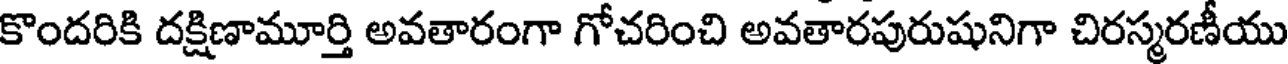
కొందరికి దక్షిణామూర్తి అవతారంగా గోచరించి అవతారపురుషునిగా చిరస్మరణీయు